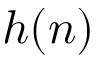
h ( n )